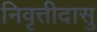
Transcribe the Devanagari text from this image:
निवृत्तीदासु